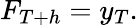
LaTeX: F_{T+h}=y_{T}.